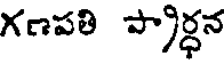
గణపతి ప్రార్ధన